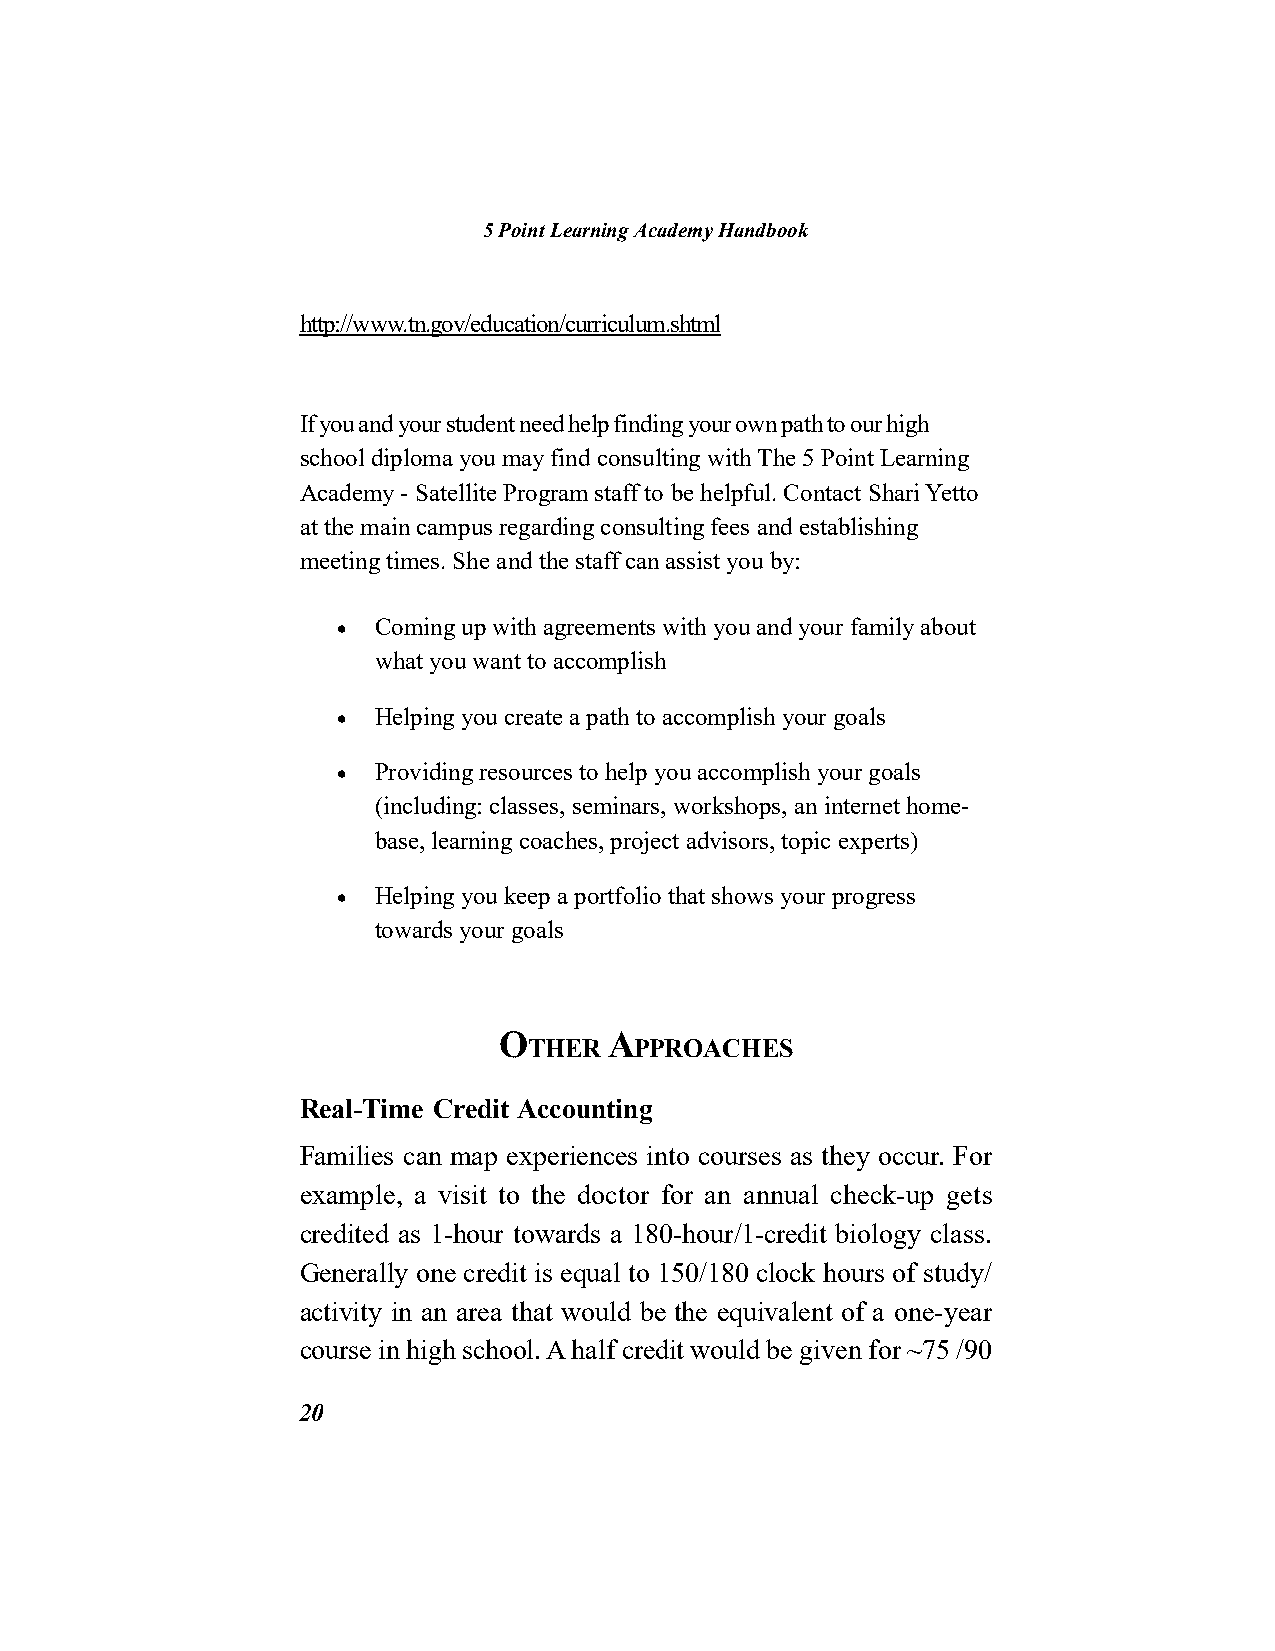
5 Point Learning Academy Handbook
 http://www.tn.gov/education/curriculum.shtml
 If you and your student need help finding your own path to our high
 school diploma you may find consulting with The 5 Point Learning
 Academy - Satellite Program staff to be helpful. Contact Shari Yetto
 at the main campus regarding consulting fees and establishing
 meeting times. She and the staff can assist you by:
   Coming up with agreements with you and your family about
 what you want to accomplish
   Helping you create a path to accomplish your goals
   Providing resources to help you accomplish your goals
 (including: classes, seminars, workshops, an internet home-
 base, learning coaches, project advisors, topic experts)
   Helping you keep a portfolio that shows your progress
 towards your goals
 O      A
 THER   PPROACHES
 Real-Time Credit Accounting
 Families can map experiences into courses as they occur. For
 example, a visit to the doctor for an annual check-up gets
 credited as 1-hour towards a 180-hour/1-credit biology class.
 Generally one credit is equal to 150/180 clock hours of study/
 activity in an area that would be the equivalent of a one-year
 course in high school. A half credit would be given for ~75 /90
 20